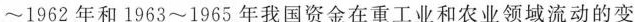
\sim 1962年和1963\sim 1965年我国资金在重工业和农业领域流动的变